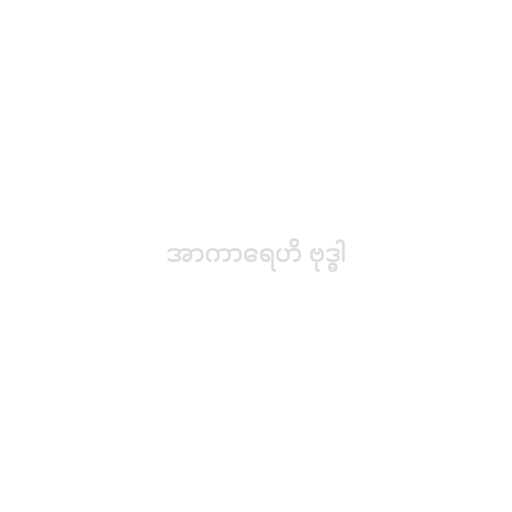
အာကာရေဟိ ဗုဒ္ဓါ